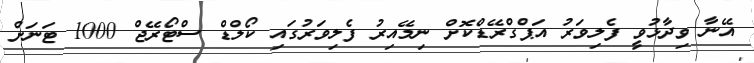
އޭނާ ވިދާޅުވީ ފެލިވަރު އަޕްގްރޭޑްކޮށް ނިމޭއިރު ފެލިވަރުގައި ކޯލްޑް ސްޓޯރޭޖް 1000 ޓަނަށް